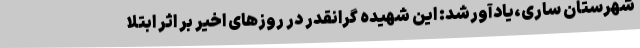
شهرستان ساری،یادآورشد: این شهیده گرانقدر در روزهای اخیر بر اثر ابتلا